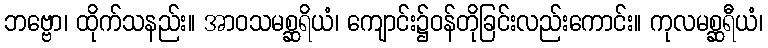
ဘဗ္ဗော၊ ထိုက်သနည်း။ အာဝသမစ္ဆရိယံ၊ ကျောင်း၌ဝန်တိုခြင်းလည်းကောင်း။ ကုလမစ္ဆရီယံ၊